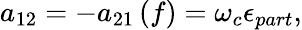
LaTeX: a_{12}=-a_{21}\left(f\right)=\omega_{c}\epsilon_{part},